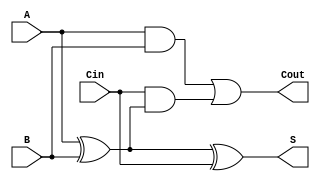
module full_adder (
    input wire A,     // First input bit
    input wire B,     // Second input bit
    input wire Cin,   // Carry-in bit
    output wire S,    // Sum output
    output wire Cout   // Carry-out output
);

// Internal signals for intermediate calculations
wire A_xor_B;

// Calculate the sum output S using XOR
assign A_xor_B = A ^ B; // A XOR B
assign S = A_xor_B ^ Cin; // S = (A XOR B) XOR Cin

// Calculate the carry-out Cout
assign Cout = (A & B) | (Cin & A_xor_B); // Cout = (A AND B) OR (Cin AND (A XOR B))

endmodule